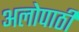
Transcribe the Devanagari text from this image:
अलोपाठी